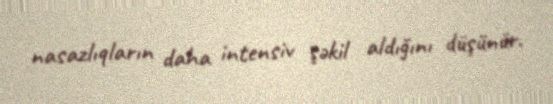
nasazlıqların daha intensiv şəkil aldığını düşünür.